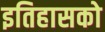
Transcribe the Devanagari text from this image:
इतिहासको